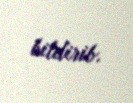
bildirib.